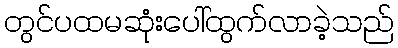
တွင်ပထမဆုံးပေါ်ထွက်လာခဲ့သည်